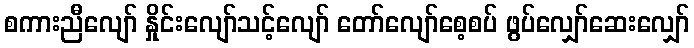
စကားညီလျော် နှိုင်းလျော်သင့်လျော် တော်လျော်စေ့စပ် ဖွပ်လျှော်ဆေးလျှော်